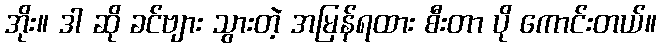
အိုး။ ဒါ ဆို ခင်ဗျား သွားတဲ့ အမြန်ရထား စီးတာ ပို ကောင်းတယ်။